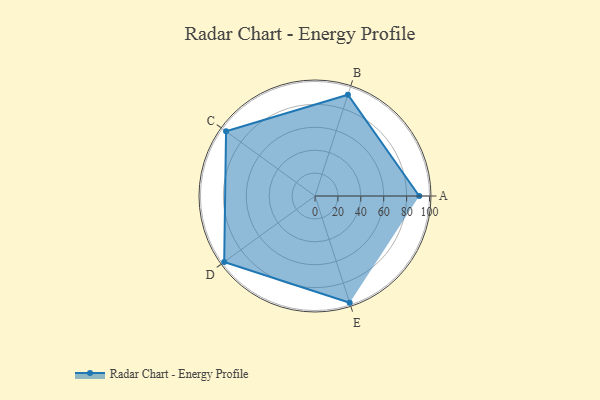
{"axis": {"x": "Skill", "y": "Score"}, "legend": ["Profile"], "data": [{"x": "A", "y": 91.0, "type": "Profile"}, {"x": "B", "y": 93.0, "type": "Profile"}, {"x": "C", "y": 96.0, "type": "Profile"}, {"x": "D", "y": 98.0, "type": "Profile"}, {"x": "E", "y": 98.0, "type": "Profile"}]}